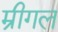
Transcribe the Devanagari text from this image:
म्रीगल